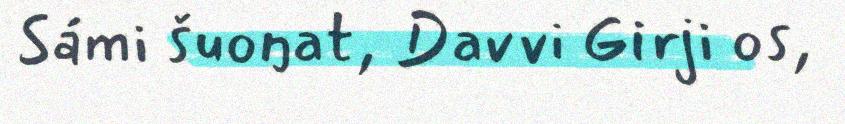
Sámi šuoŋat, Davvi Girji os,